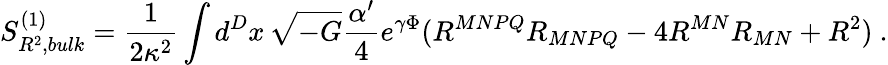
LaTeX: S_{R^{2},bulk}^{(1)}=\frac{1}{2\kappa^{2}}\int d^{D}x\, \sqrt{-G}\frac{\alpha^{\prime}}{4}e^{\gamma\Phi}(R^{MNPQ}R_{MNPQ}-4R^{MN}R_{MN}+R^{2})~.